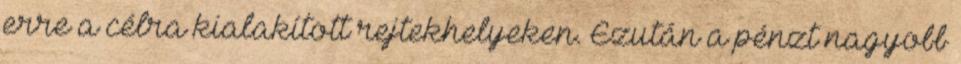
erre a célra kialakított rejtekhelyeken. Ezután a pénzt nagyobb